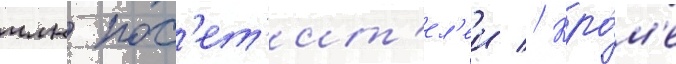
млн пос'ет'ит'ел'еи // Кро́м'е